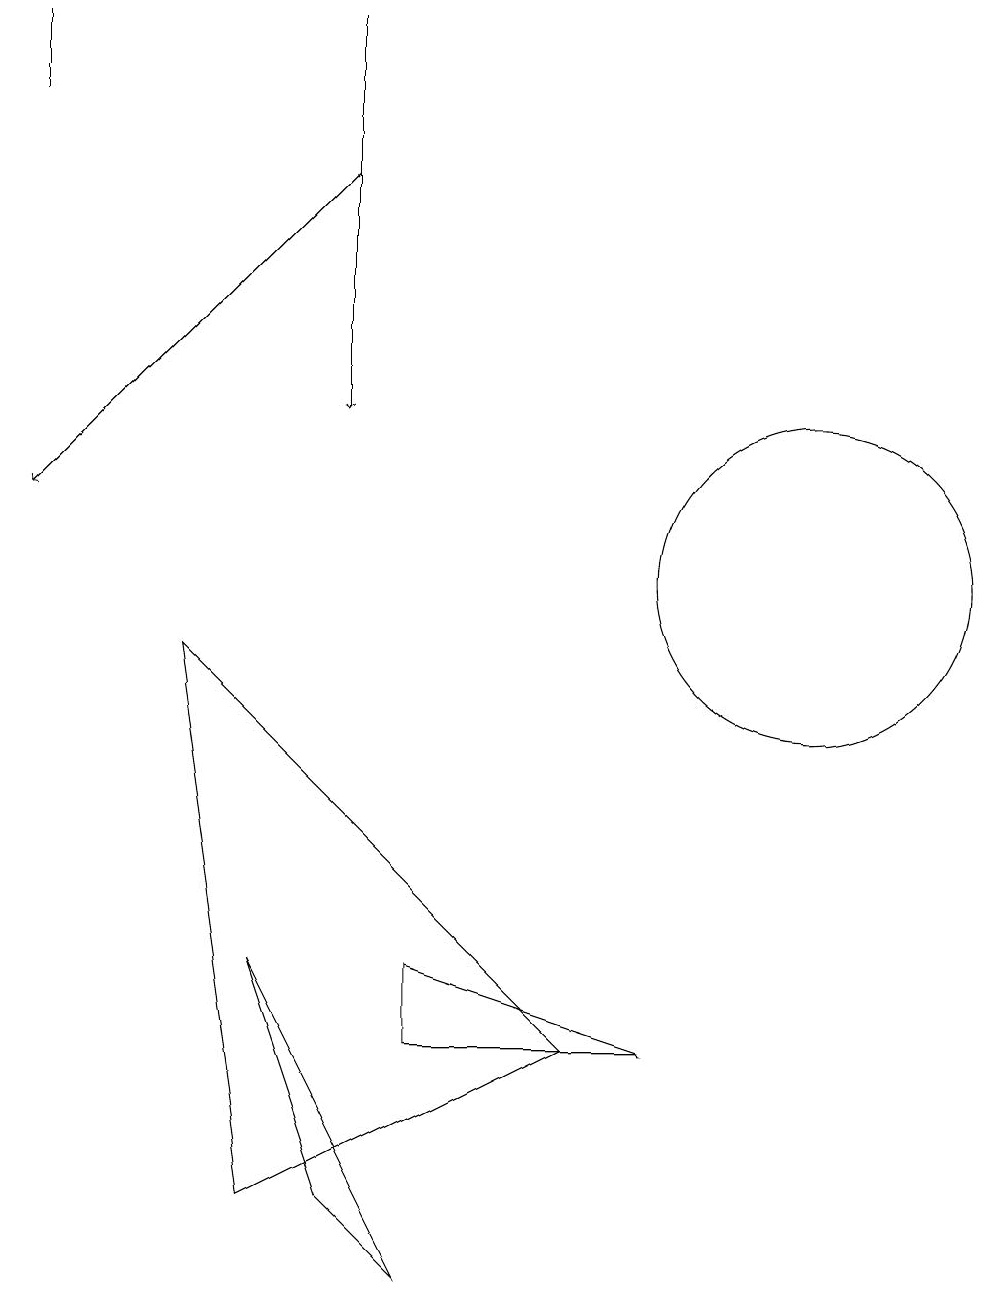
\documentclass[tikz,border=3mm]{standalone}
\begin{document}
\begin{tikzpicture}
\draw (10,10) circle (2);
\draw (5,1) -- (3,5) -- (4,2) -- cycle;
\draw (0,17) rectangle (0,16);
\draw (3,2) -- (2,9) -- (7,4) -- cycle;
\draw (5,4) -- (5,5) -- (8,4) -- cycle;
\draw[->] (4,15) -- (0,11);
\draw[->] (4,17) -- (4,12);
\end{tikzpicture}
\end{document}